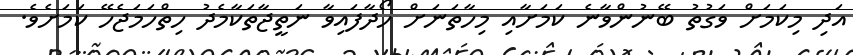
އަދި މިކަމަށް ވަގުތު ބޭނުންވާނެ ކަމަށާއި މިހާތަނަށް ހޯދާފައިވާ ނަތީޖާތަކާމެދު ހިތްހަމަޖެހޭ ކަމަށެވެ.